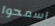
اسمحوا